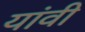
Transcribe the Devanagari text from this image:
यांवी